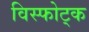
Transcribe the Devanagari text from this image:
विस्फोट्क